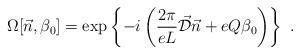
\begin{align*}\Omega[\vec{n},\beta_0] = \exp \left\{ -i \left( \frac{2\pi}{eL}\vec{\cal D}\vec{n}+ e Q \beta_0 \right) \right\} \ .\end{align*}